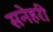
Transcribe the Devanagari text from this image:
सनेहरी